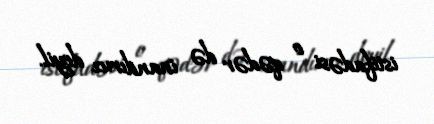
istifadəsi o qədər də inandırıcı deyil.